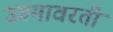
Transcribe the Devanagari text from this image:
उगमावरती